Code of medical and sanitary regulations for the guidance of medical officers serving in the Madras Presidency - Volume II
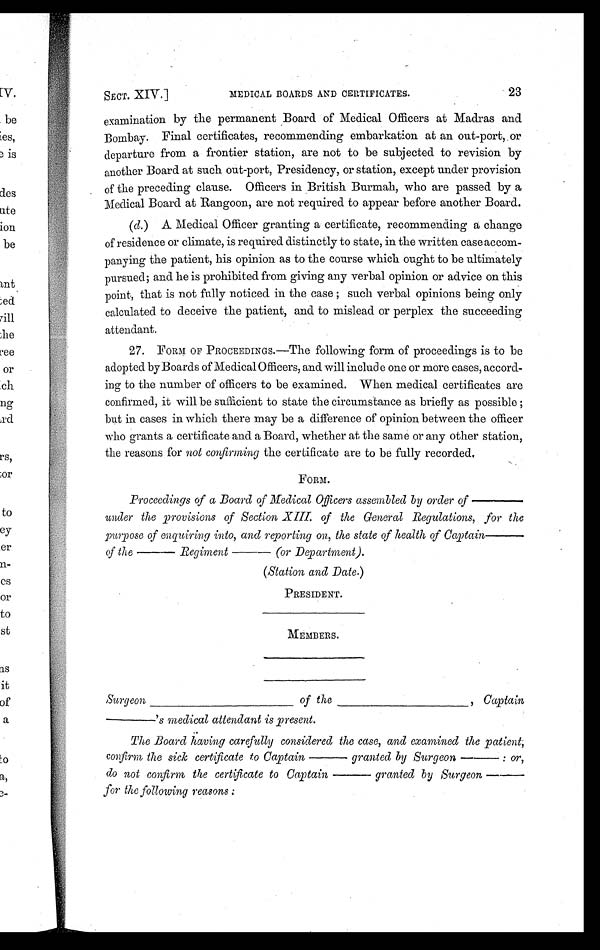
SECT. XIV.]
MEDICAL BOARDS AND CERTIFICATES.
23
examination by the permanent Board of Medical Officers at Madras and
Bombay. Final certificates, recommending embarkation at an out-port, or
departure from a frontier station, are not to be subjected to revision by
another Board at such out-port, Presidency, or station, except under provision
of the preceding clause. Officers in British Burmah, who are passed by a
Medical Board at Rangoon, are not required to appear before another Board.
(d.) A Medical Officer granting a certificate, recommending a change
of residence or climate, is required distinctly to state, in the written case accom-
panying the patient, his opinion as to the course which ought to be ultimately
pursued; and he is prohibited from giving any verbal opinion or advice on this
point, that is not fully noticed in the case ; such verbal opinions being only
calculated to deceive the patient, and to mislead or perplex the succeeding
attendant.
27. FORM OF PROCEEDINGS.—The following form of proceedings is to be
adopted by Boards of Medical Officers, and will include one or more cases, accord-
ing to the number of officers to be examined. When medical certificates are
confirmed, it will be sufficient to state the circumstance as briefly as possible ;
but in cases in which there may be a difference of opinion between the officer
who grants a certificate and a Board, whether at the same or any other station,
the reasons for not confirming the certificate are to be fully recorded.
FORM.
Proceedings of a Board of Medical Officers assembled by order of —
under the provisions of Section XIII of the General Regulations, for the
purpose of enquiring into, and reporting on, the state of health of Captain
of the — Regiment — (or Department).
(Station and Date.)
PRESIDENT.
MEMBERS.
Surgeon
of the
Captain
's medical attendant is present.
The Board having carefully considered the case, and examined the patient;
confirm the sick certificate to Captain
granted by Surgeon
: or,
do not confirm the certificate to Captain
granted by Surgeon —
for the following reasons :